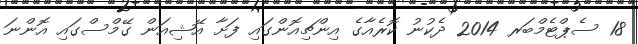
18 ސެޕްޓެމްބަރ 2014 ދެކުނު ކޮރެއާގެ އިންޗިއޮންގައި ފަށާ އޭޝިއަން ގޭމްސްގައި އޮންނަ